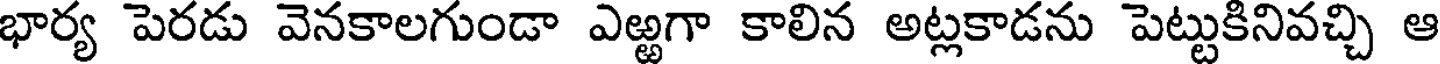
భార్య పెరడు వెనకాలగుండా ఎఱ్ఱగా కాలిన అట్లకాడను పెట్టుకినివచ్చి ఆ